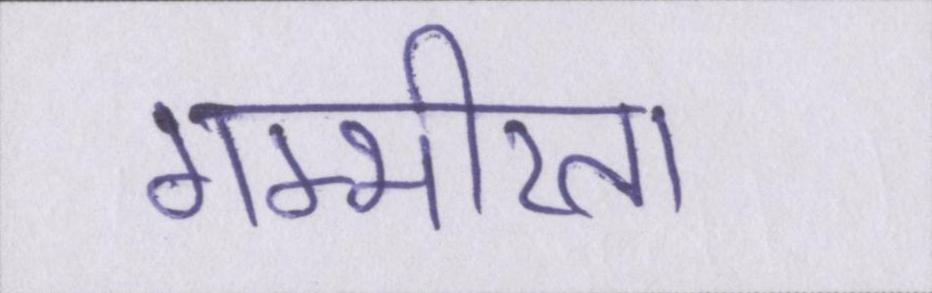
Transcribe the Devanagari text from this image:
गम्भीरता